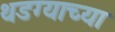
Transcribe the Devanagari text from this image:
थडग्याच्या